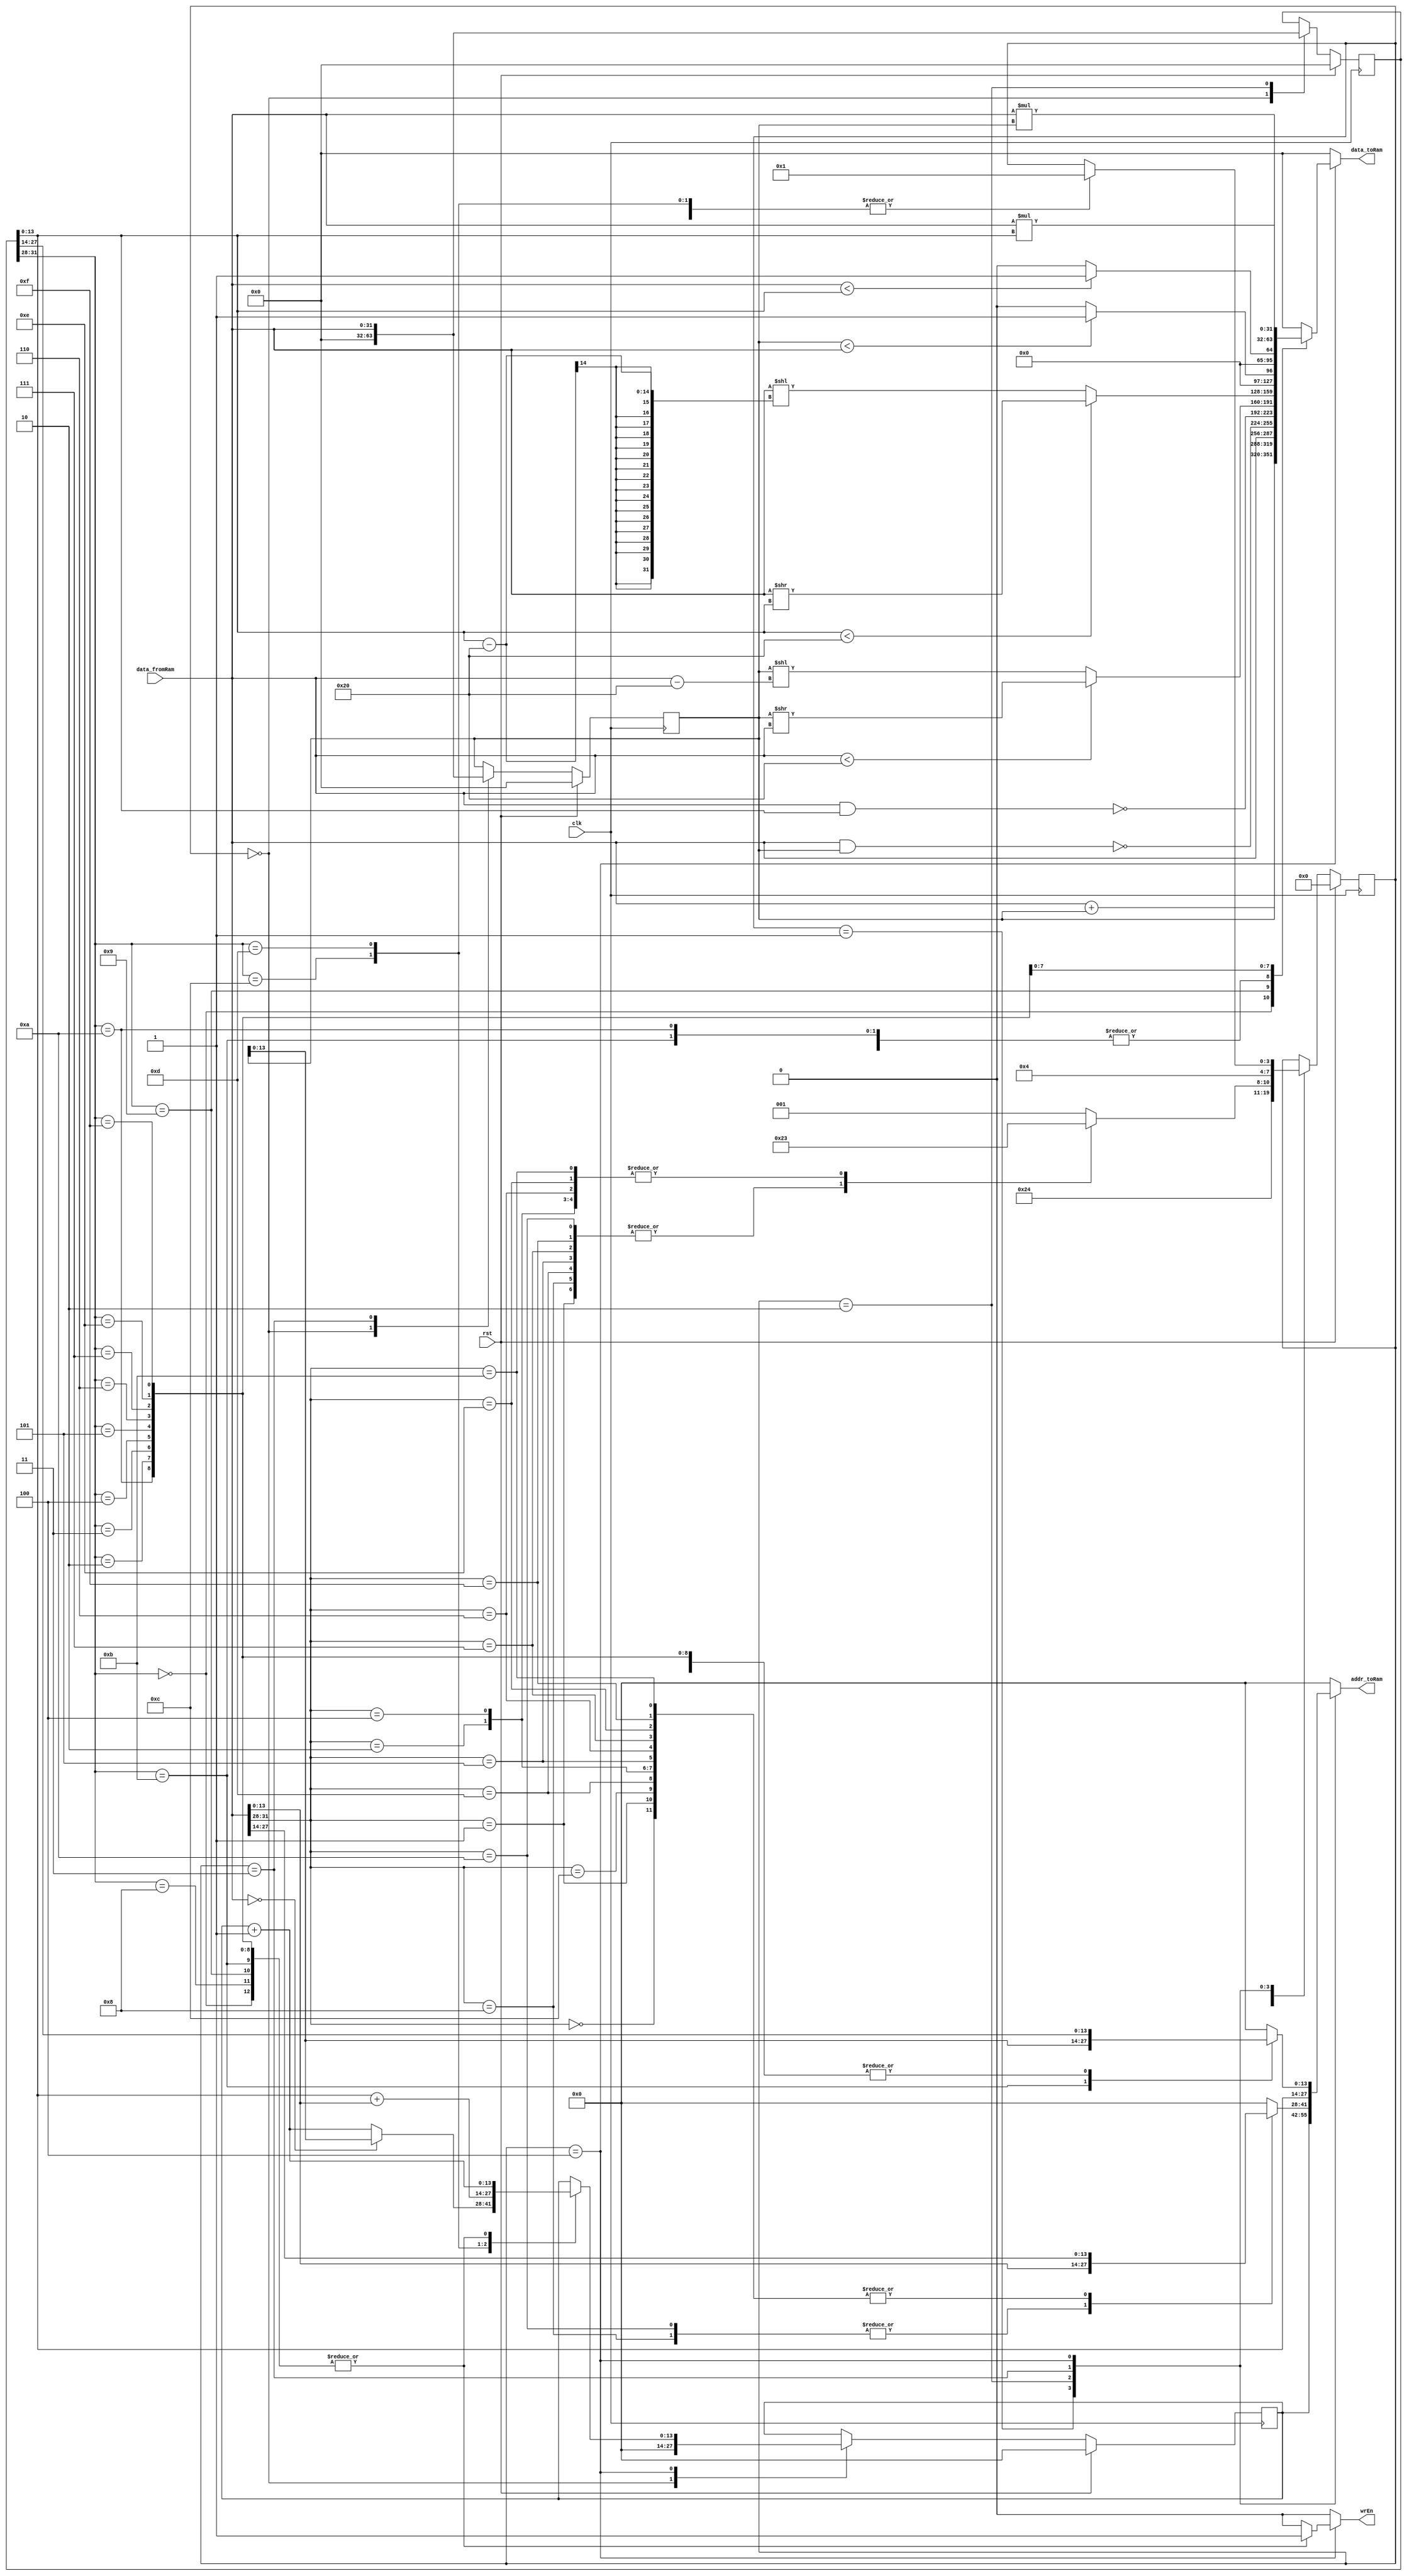
`timescale 1ns / 1ps
//////////////////////////////////////////////////////////////////////////////////
// Company: 
// Engineer: 
// 
// Design Name: 
// Module Name:    Vscpu 
// Project Name: 
// Target Devices: 
// Tool versions: 
// Description: 
//
// Dependencies: 
//
// Revision: 
// Revision 0.01 - File Created
// Additional Comments: 
//
//////////////////////////////////////////////////////////////////////////////////
module Vscpu(clk,rst,data_fromRam,wrEn,addr_toRam,data_toRam);
parameter SIZE = 14;

input clk,rst;
input wire[31:0] data_fromRam;
output reg wrEn;
output reg [SIZE-1:0] addr_toRam;
output reg [31:0] data_toRam;
reg[3:0] st, stN;
reg[SIZE-1:0] pc,pcN;
reg[31:0] iw,iwN;
reg[31:0] r1,r1_n,r2,r2_n;

always@(posedge clk)begin
	if(rst)begin
		st <= 0;
		pc <= 14'b0;
		iw <= 32'b0;
		r1 <= 32'b0;
		r2 <= 32'b0;
	end
	else begin
		st <= stN;
		pc <= pcN;
		iw <= iwN;
		r1 <= r1_n;
		r2 <= r2_n;
	end
end
always@(*)begin
	stN = st;
	pcN = pc;
	iwN = iw;
	r1_n = r1;
	r2_n = r2;
	wrEn = 0;
	addr_toRam = 0;
	data_toRam = 0;
	case(st)
		0:begin
			pcN = 0;
			iwN = 0;
			r1_n = 0;
			r2_n = 0;
			stN = 1;
		end
		1:begin
			addr_toRam = pc;
			stN = 2;
		end
		2:begin
			iwN = data_fromRam;
			case(data_fromRam[31:28])
				{3'b000,1'b0}:begin//ADD 
					addr_toRam = data_fromRam[27:14];//read *R1
					stN = 3;
				end
				{3'b000,1'b1}:begin//ADDi // direk(4. state'e atlyor.)
					addr_toRam = data_fromRam[27:14];
					stN = 4;
				end
				{3'b100,1'b0}:begin//CP
					addr_toRam = data_fromRam[13:0];
					stN = 4;
				end
				{3'b110,1'b0}:begin//BZJ
					addr_toRam = data_fromRam[27:14];
					stN = 3;
				end
				{3'b110,1'b1}:begin//BZJi
					addr_toRam = data_fromRam[27:14];
					stN = 4;
				end
				
				{3'b001,1'b0}:begin//NAND
					addr_toRam = data_fromRam[27:14];
					stN = 3;
				end
				{3'b001,1'b0}:begin//NANDi
					addr_toRam = data_fromRam[27:14];
					stN = 4;
				end
				{3'b010,1'b0}:begin//SRL
					addr_toRam = data_fromRam[27:14];
					stN = 3;
				end
				{3'b010,1'b1}:begin//SRLi
					addr_toRam = data_fromRam[27:14];
					stN = 4;
				end
				{3'b011,1'b0}:begin//LT
					addr_toRam = data_fromRam[27:14];
					stN = 3;
				end
				{3'b011,1'b1}:begin//LTi
					addr_toRam = data_fromRam[27:14];
					stN = 4;
				end
				{3'b111,1'b0}:begin//MUL
					addr_toRam = data_fromRam[27:14];
					stN = 3;
				end
				{3'b111,1'b1}:begin//MULi
					addr_toRam = data_fromRam[27:14];
					stN = 4;
				end
				{3'b010,1'b0}:begin//CPi
					addr_toRam = data_fromRam[27:14];
					r1_n = data_fromRam[13:0];
					stN = 4;
				end
				{3'b101,1'b0}:begin//CPI
					addr_toRam = data_fromRam[13:0];
					addr_toRam = data_fromRam;
					stN = 4;
				end
				{3'b101,1'b1}:begin//CPIi
					addr_toRam = data_fromRam[27:14];
					stN = 3;
				end
				default:begin
					pcN = pc;
					stN = 1;
				end
			endcase
		end
		3:begin
			r1_n = data_fromRam;
			addr_toRam = iw[13:0];
			stN = 4;
		end
		4:begin
			case(iw[31:28])
				{3'b000,1'b0}:begin//ADD
					wrEn = 1;
					addr_toRam = iw[27:14];
					data_toRam = data_fromRam + r1;
					pcN = pc + 1'b1;
					stN = 1;
				end
				{3'b000,1'b0}:begin//ADDi
					wrEn = 1;
					addr_toRam = iw[27:14];
					data_toRam = data_fromRam + iw[13:0];
					pcN = pc + 1'b1;
					stN = 1;
				end
				{3'b100,1'b0}:begin//CP
					wrEn = 1;
					addr_toRam = iw[27:14];
					data_toRam = data_fromRam;
					pcN = pc + 1'b1;
					stN = 1;
				end
				{3'b100,1'b1}:begin//CPi
					wrEn = 1;
					addr_toRam = iw[27:14];
					data_toRam = r1;
					pcN = pc + 1'b1;
					stN = 1;
				end
				{3'b101,1'b1}:begin//CPIi
					wrEn = 1;
					addr_toRam = r1;
					data_toRam = data_fromRam;
					pcN = pc + 1'b1;
					stN = 1;
				end
				{3'b110,1'b0}:begin//BZJ
					pcN = (data_fromRam == 0) ? r1 : (pc + 1'b1);
					stN = 1;
				end
				{3'b110,1'b1}:begin//BZJi
					pcN = iw[13:0] + data_fromRam;
					stN = 1;
				end
				{3'b101,1'b0}:begin//CPI
					wrEn = 1;
					addr_toRam = iw[27:14];
					data_toRam = data_fromRam;
					pcN = pc + 1'b1;
					stN = 1;
				end
				{3'b001,1'b0}:begin//NAND
					wrEn = 1;
					addr_toRam = iw[27:14];
					data_toRam = ~(data_fromRam & r1);
					pcN = pc + 1'b1;
					stN = 1;
				end
				{3'b001,1'b1}:begin//NANDi
					wrEn = 1;
					addr_toRam = iw[27:14];
					data_toRam = ~(data_fromRam & iw[13:0]);
					pcN = pc + 1'b1;
					stN = 1;
				end
				{3'b010,1'b0}:begin//SRL
					wrEn = 1;
					addr_toRam = iw[27:14];
					data_toRam = (data_fromRam < 32) ? (r1 >> data_fromRam) : (r1 << (data_fromRam - 32));
					pcN = pc + 1'b1;
					stN = 1;
				end
				{3'b010,1'b1}:begin//SRLi
					wrEn = 1;
					addr_toRam = iw[27:14];
					data_toRam = (iw[13:0] < 32) ? (data_fromRam >> iw[13:0]) : (data_fromRam << (iw[13:0] - 32)); 
					pcN = pc + 1'b1;
					stN = 1;
				end
				{3'b011,1'b0}:begin//LT
					wrEn = 1;
					addr_toRam = iw[27:14];
					data_toRam = (r1 < data_fromRam) ? 1:0;
					pcN = pc + 1'b1;
					stN = 1;
				end
				{3'b011,1'b1}:begin//LTi
					wrEn = 1;
					addr_toRam = iw[27:14];
					data_toRam = (data_fromRam < iw[13:0] ? 1:0);
					pcN = pc + 1'b1;
					stN = 1;
				end
				{3'b111,1'b0}:begin//MUL
					wrEn = 1;
					addr_toRam = iw[27:14];
					data_toRam = data_fromRam * r1;
					pcN = pc + 1'b1;
					stN = 1;
				end
				{3'b111,1'b1}:begin//MULi
					wrEn = 1;
					addr_toRam = iw[27:14];
					data_toRam = data_fromRam * iw[13:0];
					pcN = pc + 1'b1;
					stN = 1;
				end
					
			endcase
		end
	endcase
end
endmodule